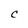
Character: C